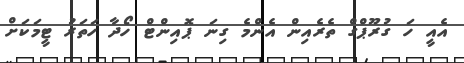
އެއީ ހަ ގުރޫޕްގް ތެރެއިން އެންމެ ގިނަ ޕޮއިންޓް ހޯދާ ހަތަރު ޓީމަކަށް